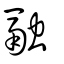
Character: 融